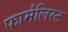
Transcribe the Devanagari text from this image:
फार्मलिस्ट